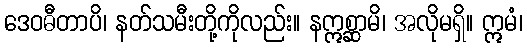
ဒေဝဓီတာပိ၊ နတ်သမီးတို့ကိုလည်း။ နဣစ္ဆာမိ၊ အလိုမရှိ။ ဣမံ၊